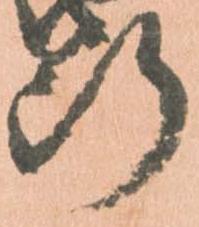
断